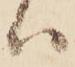
ハ